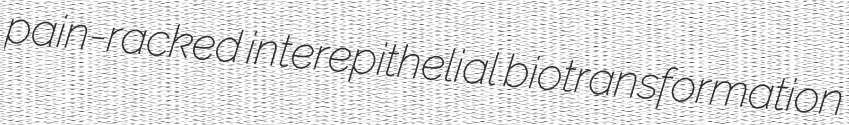
pain-racked interepithelial biotransformation